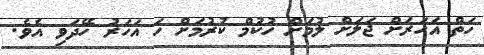
ހަތް އަހަރަށް ޖަލަށް ލުމަށް ހުކުމް ކުރުމަށް ހަ އަހަރު ހޭދަވި އެވެ.